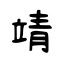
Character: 靖